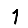
Digit: 1